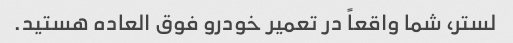
لستر، شما واقعاً در تعمیر خودرو فوق العاده هستید.